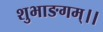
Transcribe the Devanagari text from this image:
शुभाङगम्।।